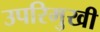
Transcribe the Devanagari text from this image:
उपरिमुखी